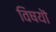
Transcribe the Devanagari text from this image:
विषयॊ